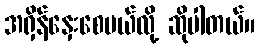
အရှိန်နှေးစေမယ်လို့ ဆိုပါတယ်။